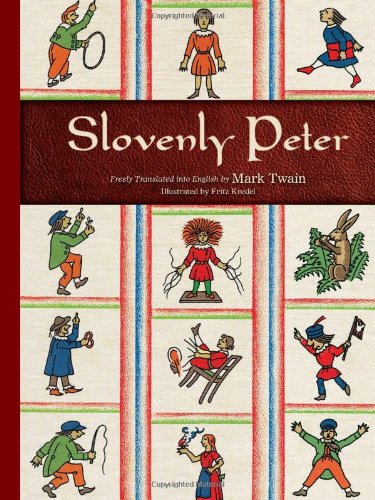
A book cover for Slovenly Peter (Calla Editions); Crafts, Hobbies & Home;